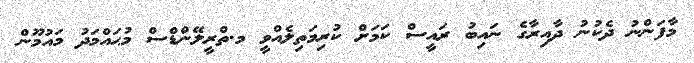
މާފަންނު ދެކުނު ދާއިރާގެ ނައިބު ރައީސް ކަމަށް ކުރިމަތިލެއްވީ މ.ތްރީލޭންޑްސް މުޙައްމަދު މައުމޫން